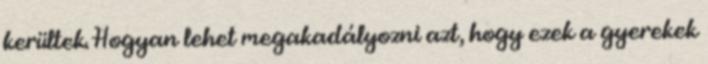
kerültek. Hogyan lehet megakadályozni azt, hogy ezek a gyerekek